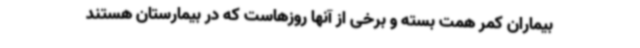
بیماران کمر همت بسته و برخی از آنها روزهاست که در بیمارستان هستند